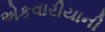
એકવારીયાની